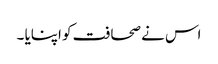
اس نے صحافت کو اپنایا ۔